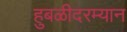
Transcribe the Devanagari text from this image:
हुबळीदरम्यान